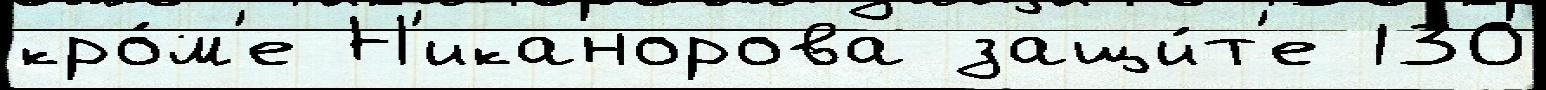
кро́м'е Н'иканорова защи́т'е 130